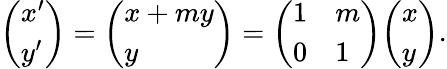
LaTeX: {\left(\begin{array}{l}{x^{\prime}}\\ {y^{\prime}}\end{array}\right)}={\left(\begin{array}{l}{x+my}\\ {y}\end{array}\right)}={\left(\begin{array}{ll}{1}&{m}\\ {0}&{1}\end{array}\right)}{\left(\begin{array}{l}{x}\\ {y}\end{array}\right)}.